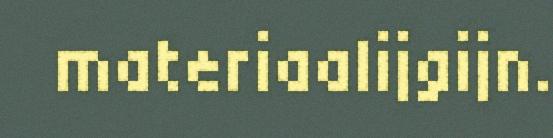
materiaalijgijn.